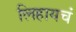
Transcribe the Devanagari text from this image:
लिहायचं